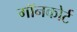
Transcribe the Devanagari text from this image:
गॉनकोर्ट